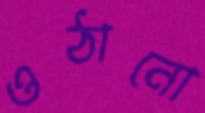
ওঠানো